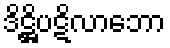
ဒိဋ္ဌိပဋိလာဘော